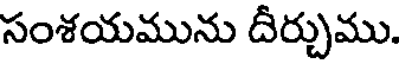
సంశయమును దీర్చుము.